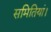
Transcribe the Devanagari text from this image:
समितियां।